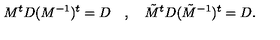
M ^ { t } D ( M ^ { - 1 } ) ^ { t } = D \quad , \quad \tilde { M } ^ { t } D ( \tilde { M } ^ { - 1 } ) ^ { t } = D .